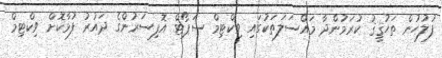
ފުލުހުން ތަޙުޤީޤު ކުރަމުންދާ މައްސަލަތަކުގައި ވިކްޓިމް ސަޕޯޓް އޮފިސަރުންގެ ދައުރު ފުޅާކޮށް ވިކްޓިމް